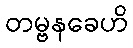
တမ္ဗနခေဟိ